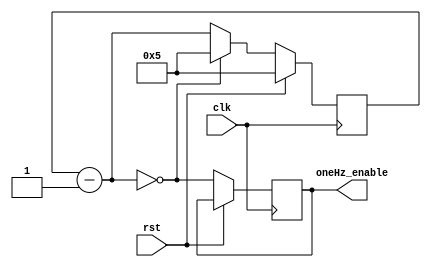
`timescale 1ns / 1ps
//////////////////////////////////////////////////////////////////////////////////
// Company: 
// Engineer: 
// 
// Design Name: 
// Module Name:    Divider 
// Project Name: 
// Target Devices: 
// Tool versions: 
// Description: 
//
// Dependencies: 
//
// Revision: 
// Revision 0.01 - File Created
// Additional Comments: 
//
//////////////////////////////////////////////////////////////////////////////////
module Divider(
    input clk,
	 input rst,
    output reg oneHz_enable
    );
	 
	 localparam [24:0] constant = 25'd5;
	 reg [24:0]countdown = constant;
	 always@(posedge clk)
		begin
			if (rst) countdown = constant;
			else begin
				countdown = countdown - 1;
				oneHz_enable = (countdown == 0);
				if (!countdown) countdown = constant;
			end
		end


endmodule